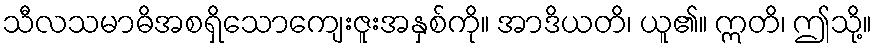
သီလသမာဓိအစရှိသောကျေးဇူးအနှစ်ကို။ အာဒိယတိ၊ ယူ၏။ ဣတိ၊ ဤသို့။